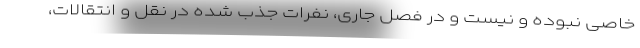
خاصی نبوده و نیست و در فصل جاری، نفرات جذب شده در نقل و انتقالات،